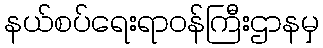
နယ်စပ်ရေးရာဝန်ကြီးဌာနမှ